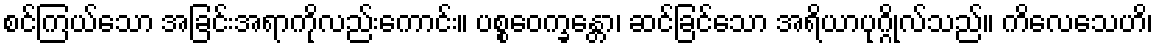
စင်ကြယ်သော အခြင်းအရာကိုလည်းကောင်း။ ပစ္စဝေက္ခန္တော၊ ဆင်ခြင်သော အရိယာပုဂ္ဂိုလ်သည်။ ကိလေသေဟိ၊